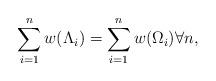
LaTeX: \begin{align*}\sum_{i=1}^n w(\Lambda_i) = \sum_{i=1}^n w(\Omega_i) \forall n,\end{align*}